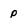
Character: p